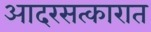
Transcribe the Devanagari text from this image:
आदरसत्कारात